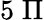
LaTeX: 5\; \Pi